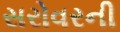
સરોવરની